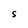
Character: S